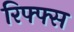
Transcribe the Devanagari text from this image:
रिफ्फ्स